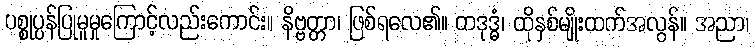
ပစ္စုပ္ပန်ပြုမူမှုကြောင့်လည်းကောင်း။ နိဗ္ဗတ္တာ၊ ဖြစ်ရလေ၏။ တဒုဒ္ဓံ၊ ထိုနှစ်မျိုးထက်အလွန်။ အညာ၊